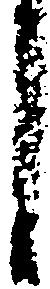
し